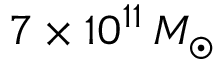
7 \times 1 0 ^ { 1 1 } \, M _ { \odot }